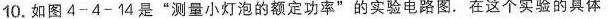
10.如图4-4-14是“测量小灯泡的额定功率”的实验电路图。在这个实验的具体